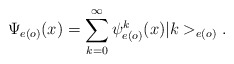
\begin{align*}\Psi_{e(o)}(x)=\sum_{k=0}^{\infty}\psi^{k}_{e(o)}(x)|k>_{e(o)}.\end{align*}